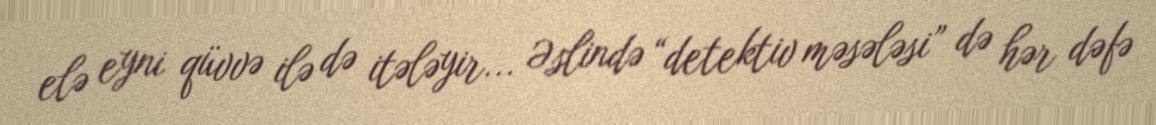
elə eyni qüvvə ilə də itələyir... Əslində “detektiv məsələsi” də hər dəfə